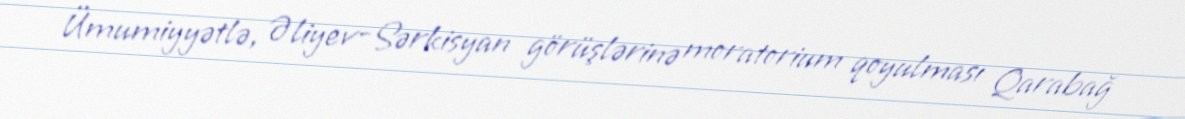
Ümumiyyətlə, Əliyev-Sərkisyan görüşlərinə moratorium qoyulması Qarabağ